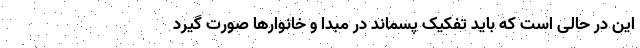
این در حالی است که باید تفکیک پسماند در مبدا و خانوارها صورت گیرد